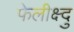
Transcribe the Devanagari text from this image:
फेलीक्ष्दु